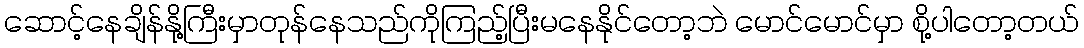
ဆောင့်နေချိန်နို့ကြီးမှာတုန်နေသည်ကိုကြည့်ပြီးမနေနိုင်တော့ဘဲ မောင်မောင်မှာ စို့ပါတော့တယ်